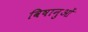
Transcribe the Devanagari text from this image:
विषानुओं